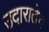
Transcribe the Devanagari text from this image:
उदारातेचे